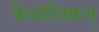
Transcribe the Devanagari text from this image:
कैथोलिकम्